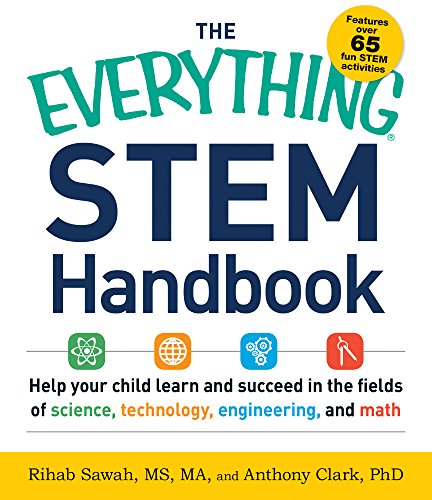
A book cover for The Everything STEM Handbook: Help Your Child Learn and Succeed in the Fields of Science, Technology, Engineering, and Math; Rihab Sawah MS  MA; Education & Teaching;